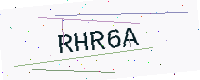
Text: RHR6A